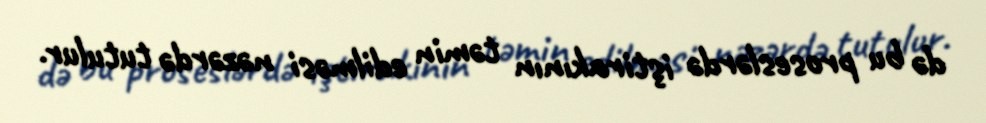
də bu proseslərdə iştirakının təmin edilməsi nəzərdə tutulur.